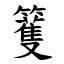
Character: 籆